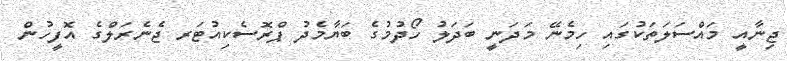
ޖިނާއީ މައްސަލަތަކުގައި ހިމެނޭ މަދަނީ ބަދަލު ހޯދުމުގެ ބަޔާމެދު ޕްރޮސެކިއުޓަރ ޖެނެރަލްގެ އޮފީހުން